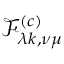
\mathcal { F } _ { \lambda k , \nu \mu } ^ { ( c ) }